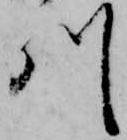
川